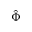
\hat { \Phi }